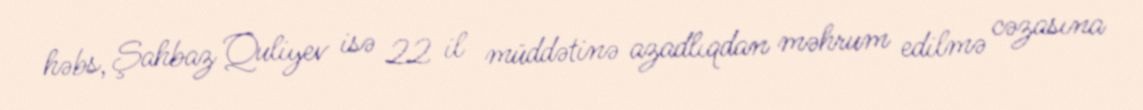
həbs, Şahbaz Quliyev isə 22 il müddətinə azadlıqdan məhrum edilmə cəzasına